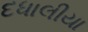
દધાલીયા